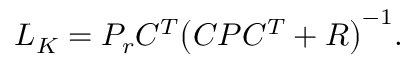
\begin{array} { r } { L _ { K } = P _ { r } C ^ { T } \big ( C P C ^ { T } + R \big ) ^ { - 1 } . } \end{array}